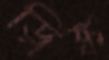
ড্রিঙ্ক